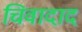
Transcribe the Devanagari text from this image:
चिवादाद